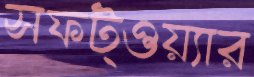
সফট্ওয়্যার